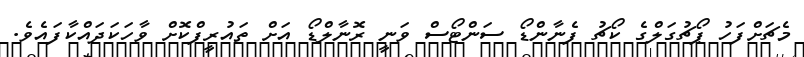
މެޗަށްފަހު ޕޯޗުގަލްގެ ކޯޗު ފެނާންޑޯ ސަންޓޯސް ވަނީ ރޮނާލްޑޯ އަށް ތައުރީފްކޮށް ވާހަކަދައްކާފައެވެ.